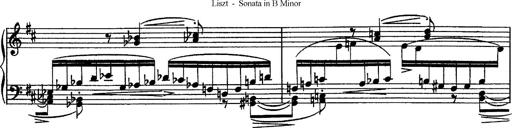
Title: Piano Sonata
Composer: Karl HÃ¤ssler
Key: C major